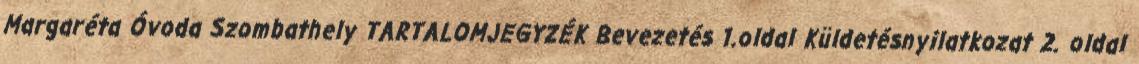
Margaréta Óvoda Szombathely TARTALOMJEGYZÉK Bevezetés 1.oldal Küldetésnyilatkozat 2. oldal